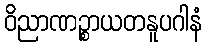
ဝိညာဏဉ္စာယတနူပဂါနံ